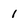
Character: 1